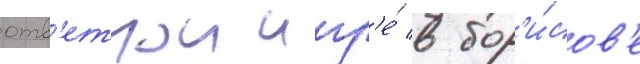
отв'етнои игр'е́ в бор'и́сов'е